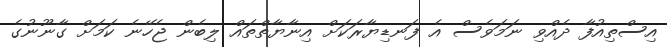
އިސްތިއުފާ ދެއްވި ނަމަވެސް އެ ފަނޑިޔާރަކަށް އިނާޔާތްތައް ލިބެން ޖެހޭނެ ކަމަށް ގާނޫނުގެ